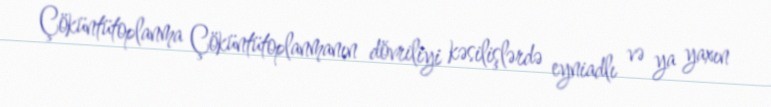
Çöküntütoplanma Çöküntütoplanmanın dövriliyi kəsilişlərdə eyniadlı və ya yaxın